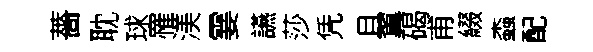
薔耽球罹渼霎讌莎凭且翼碣甫綴螙配